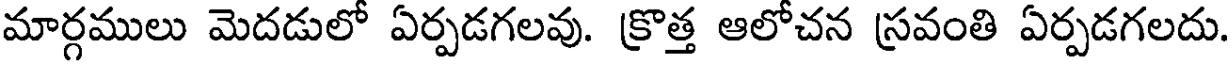
మార్గములు మెదడులో ఏర్పడగలవు. క్రొత్త ఆలోచన స్రవంతి ఏర్పడగలదు.